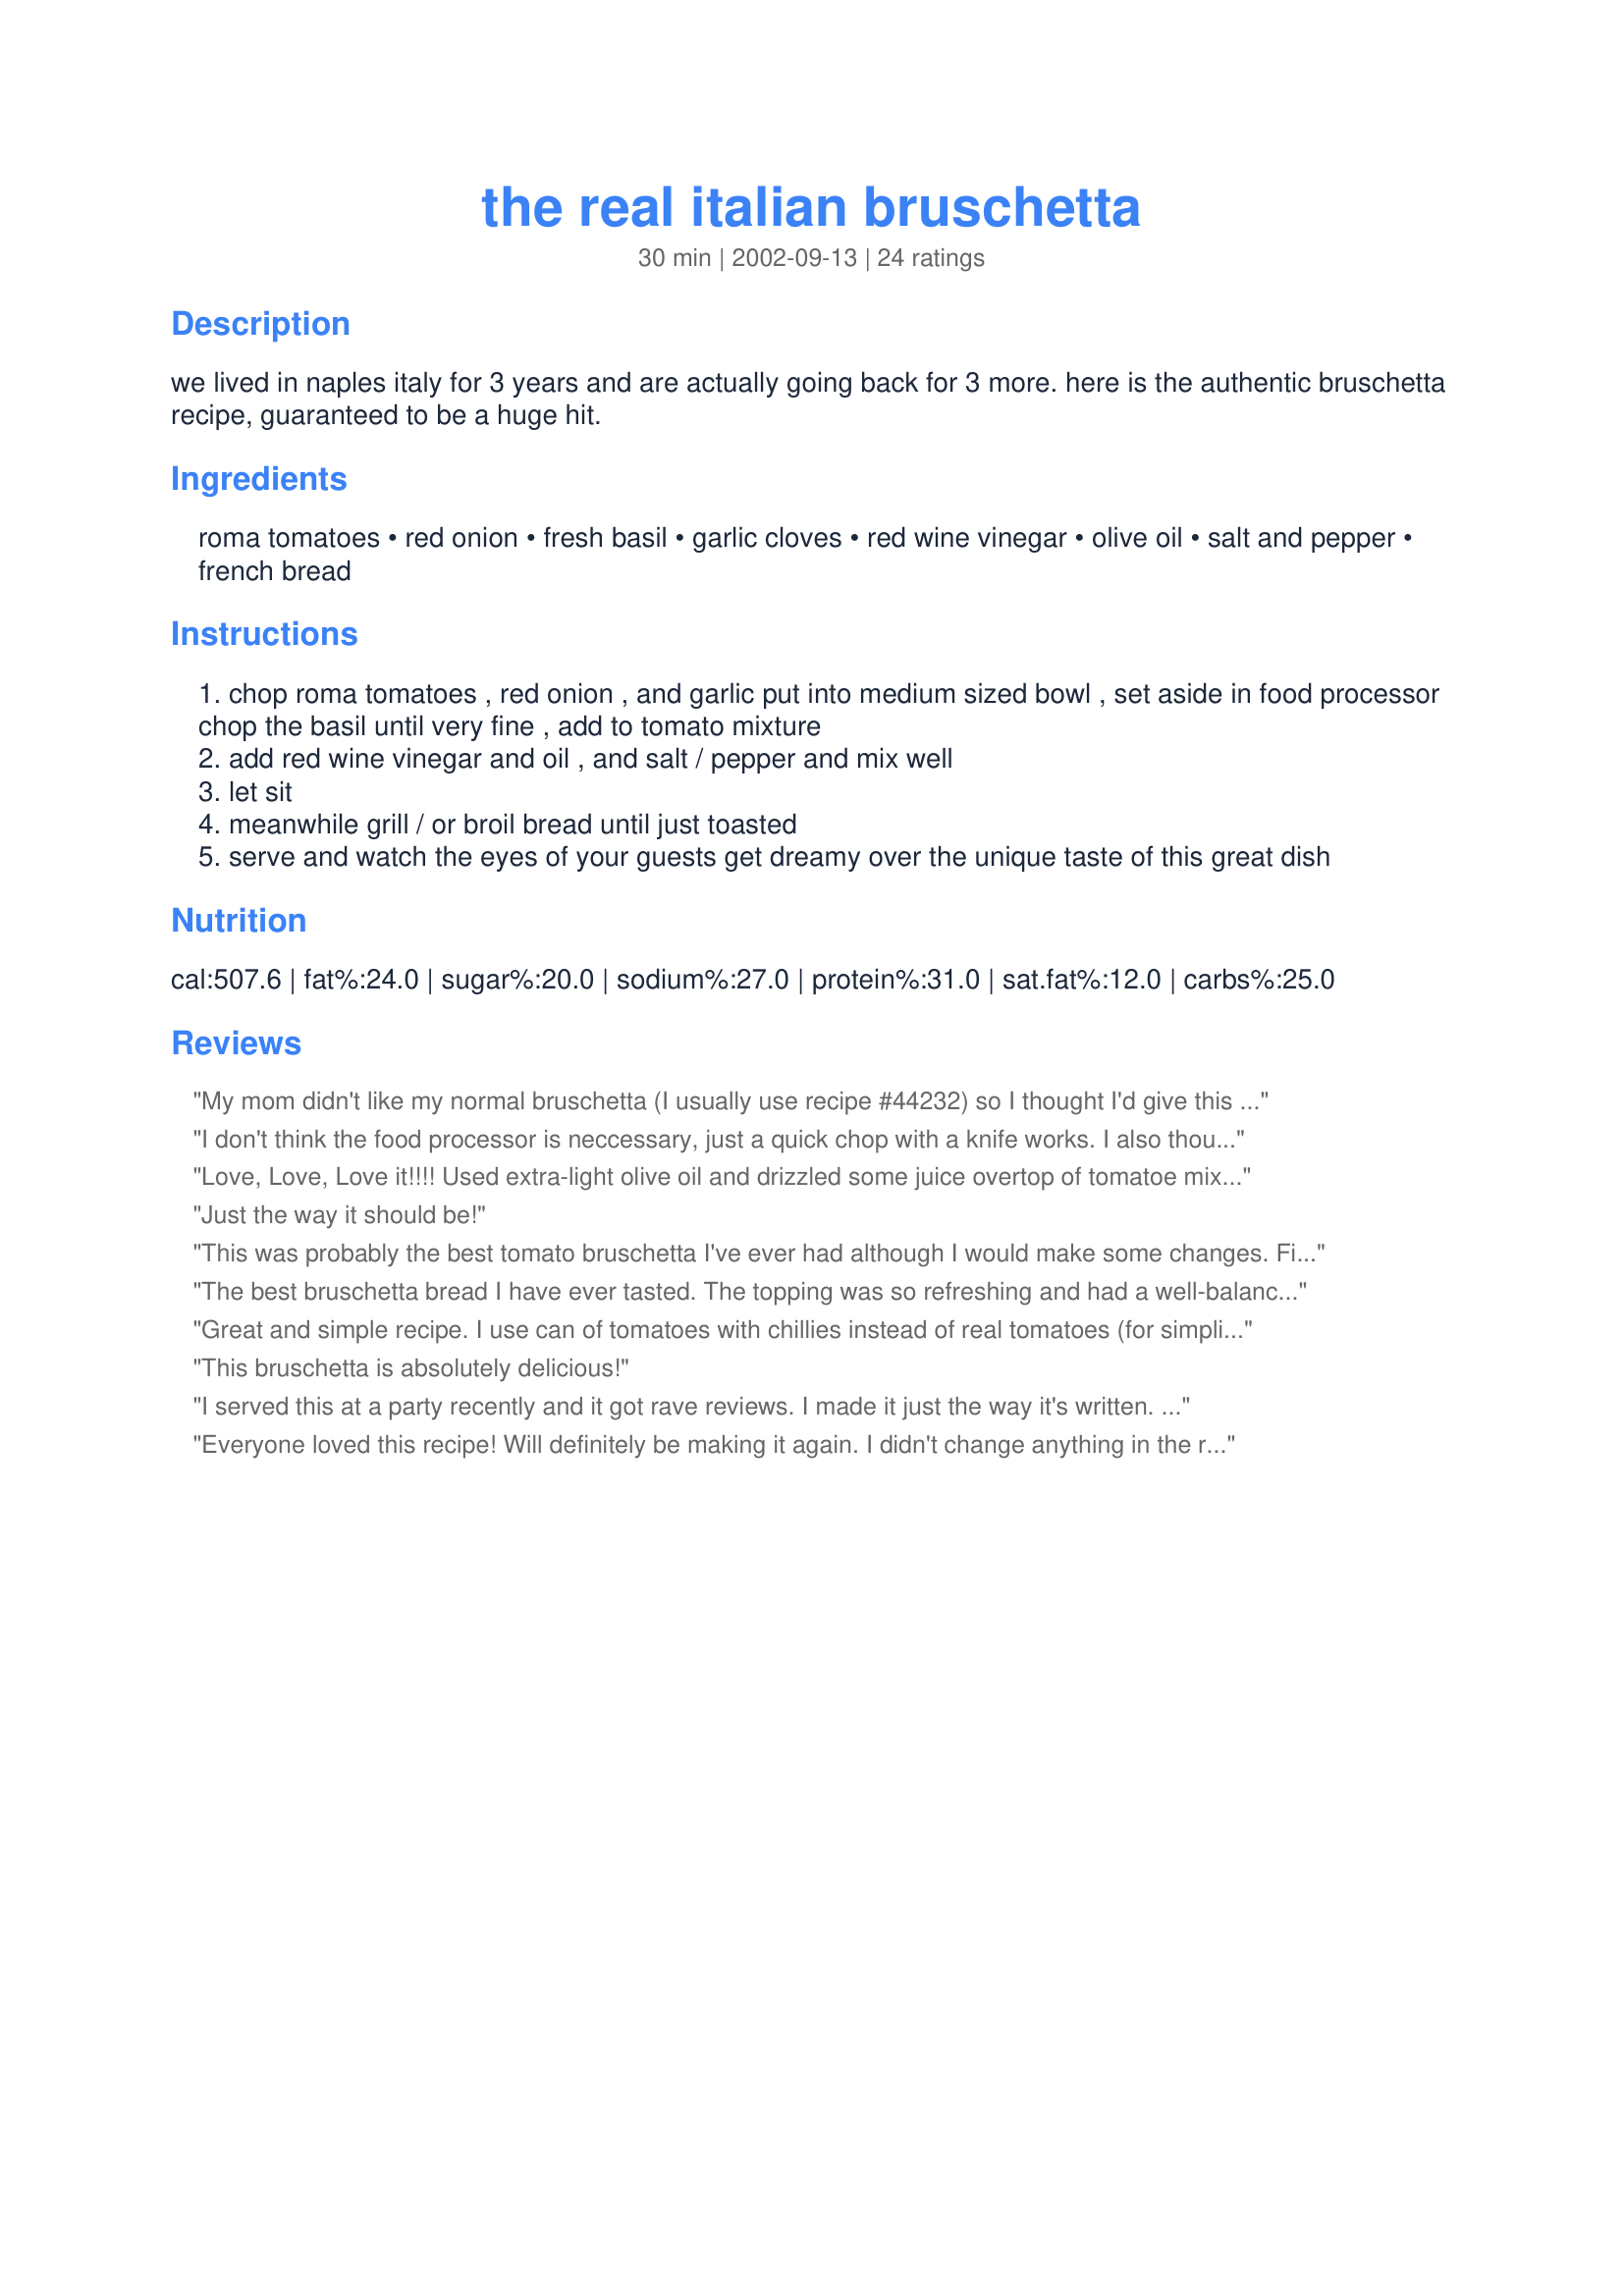
the real italian bruschetta
Preparation time: 30 minutes

we lived in naples italy for 3 years and are actually going back for 3 more. here is the authentic bruschetta recipe, guaranteed to be a huge hit.

Ingredients:
roma tomatoes, red onion, fresh basil, garlic cloves, red wine vinegar, olive oil, salt and pepper, french bread

Steps:
chop roma tomatoes , red onion , and garlic put into medium sized bowl , set aside in food processor chop the basil until very fine , add to tomato mixture
add red wine vinegar and oil , and salt / pepper and mix well
let sit
meanwhile grill / or broil bread until just toasted
serve and watch the eyes of your guests get dreamy over the unique taste of this great dish

Reviews:
My mom didn't like my normal bruschetta (I usually use recipe #44232) so I thought I'd give this a shot. She liked it better, but I thought it was almost inedible. The red wine vinegar was waaay to overpowering. It is also really oily, I think I will stick to the other recipe from now on.
I don't think the food processor is neccessary, just a quick chop with a knife works. I also thought that there was too much vinegar. I'm in Italy now and have never seen bruschetta that moist or had it that tart from the vinegar
Love, Love, Love it!!!!
Used extra-light olive oil and drizzled some juice overtop of tomatoe mixture on the bread and broiled in oven.
The Best!!!
Just the way it should be!
This was probably the best tomato bruschetta I've ever had although I would make some changes. First, I would reduce the amount of olive oil by half because it was overpowering. Then I would suggest you make the tomato mixture and let the flavors meld together for 6 - 8 hours outside of the refrigerator. This was even better the next day!Looking forward to making it again.
The best bruschetta bread I have ever tasted. The topping was so refreshing and had a well-balanced flavor. I brushed the sliced french bread with olive oil - chopped basil mixture before broiling. It was a big hit. Thanks for sharing your recipe.
Great and simple recipe. I use can of tomatoes with chillies instead of real tomatoes (for simplicity).
This bruschetta is absolutely delicious!
I served this at a party recently and it got rave reviews. I made it just the way it's written. I toasted the bread under the broiler, and burned half the loaf...grrr. If you do this, leave the door open and stand there and WATCH IT!!! Also, toast it on both sides.
Everyone loved this recipe! Will definitely be making it again. I didn't change anything in the recipe. It was delicious!
This is a regular dish at all of our family functions. In the winter months when tomatoes are not at their finest, i replace them with the diced can tomatoes, rinse them real well and add all the other ingredients. This is always a real winner
This is a fabulous recipe. I live in Ottawa, Ontario, Canada and our favorite restaurant is Giovanni's. Their bruschetta is the best I have ever eaten, even when in Italy. Your recipe is the closest I have found to replicating the taste of Giovanni's. Va Bene !
Really enjoyed this! Thank you for the recipe... definitely did not add as much olive oil or vinegar as was called for, because there was already a lot of natural juices from the tomatoes mixed in. Wished I could have let this sit overnight to taste the next day, but my bf and I ate all of it in one sitting! :)
This is a good bruschetta but I think if I made it again I may cut back on the liquid ingredients. I would probably top with fresh parm. or romano cheese. Went well with our meal. Thanks!
This recipe is excellent. I topped it with grilled chicken and mozzarella, threw it under the broiler until it just browned and it was a huge success. My friend (who doesn't eat tomatoes OR onions) ate the whole serving.
July 25, 2008

This was the best one to date I have made. My family enjoyed it so much. We used our tomatoes from our garden. My Dad would have been proud!!

K Signorile
Grazie grazie, grazie!
Fabulous recipe and I have tried many. I served it on garlic toasted french bread for a little extra kick. I also added a little more than a dash of salt. Will definately make it again.
My husband made these with regular tomatoes and white onions because we didn't have the others on hand. Still turned out great! Can't wait to try it with the "real" ingredients! It's exactly like we had at our favourite Italian restaurant. Gotta go to Naples!
By the way, it's pronounced broo-SKET-a, not broo-shetta.
Thanks for the classic recipe. We only make this when we can walk outside and pick the tomatoes fresh. When you're using garden tomatoes, any kind will do with just salt and pepper. Also, after you grill the bread, rub a piece of garlic on it, rather than adding the garlic to the tomatoes. We shred the basil with scissors and place it on top.
This was SOO good. I worked in an Italian Rest. once and couldnt remember how to make this, it tastes exactly the same. I even made homemade french bread (Recipe #38327) with and it turned out SOO good! We stuffed ourselves but it was well worth it. Thanks for the recipe.
My friend's mom who is 100% italian said it was very authentic!
I just served this at an office party, and it was entirely gone in no time! EVERYone asked for the recipe...even the boss! Wonderful Flavor!
I have made several bruschetta recipes and eaten it many times in restaurants, and this is hands down the best I've ever had! It has all the ingredients I love in a bruschetta and they blend very well together.
